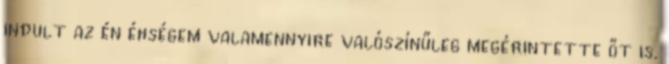
indult az én éhségem valamennyire valószínűleg megérintette őt is.